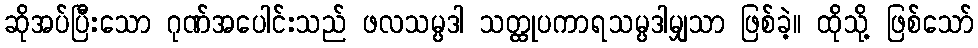
ဆိုအပ်ပြီးသော ဂုဏ်အပေါင်းသည် ဖလသမ္ပဒါ သတ္ထုပကာရသမ္ပဒါမျှသာ ဖြစ်ခဲ့။ ထိုသို့ ဖြစ်သော်